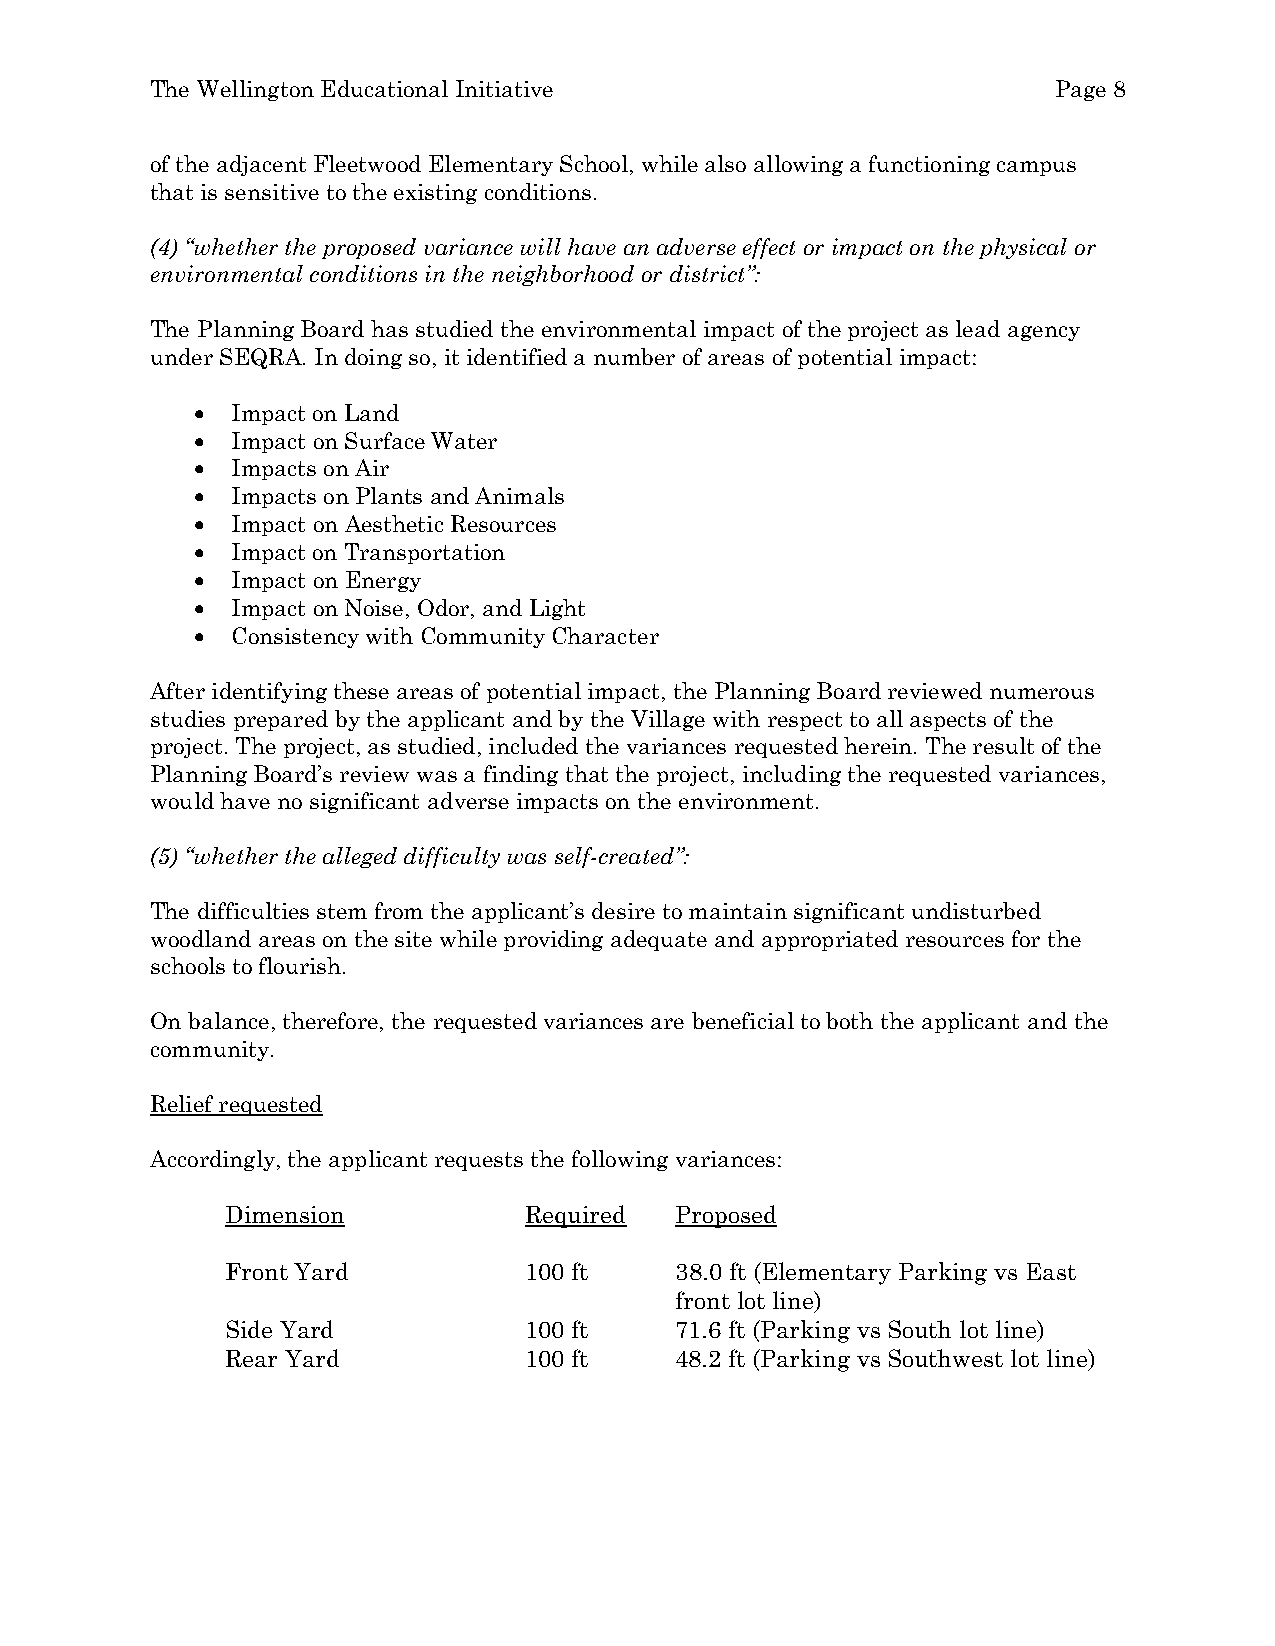
The Wellington Educational Initiative                       Page 8
 of the adjacent Fleetwood Elementary School, while also allowing a functioning campus
 that is sensitive to the existing conditions.
 (4) “whether the proposed variance will have an adverse effect or impact on the physical or
 environmental conditions in the neighborhood or district”:
 The Planning Board has studied the environmental impact of the project as lead agency
 under SEQRA. In doing so, it identified a number of areas of potential impact:
  Impact on Land
  Impact on Surface Water
  Impacts on Air
  Impacts on Plants and Animals
  Impact on Aesthetic Resources
  Impact on Transportation
  Impact on Energy
  Impact on Noise, Odor, and Light
  Consistency with Community Character
 After identifying these areas of potential impact, the Planning Board reviewed numerous
 studies prepared by the applicant and by the Village with respect to all aspects of the
 project. The project, as studied, included the variances requested herein. The result of the
 Planning Board’s review was a finding that the project, including the requested variances,
 would have no significant adverse impacts on the environment.
 (5) “whether the alleged difficulty was self-created”:
 The difficulties stem from the applicant’s desire to maintain significant undisturbed
 woodland areas on the site while providing adequate and appropriated resources for the
 schools to flourish.
 On balance, therefore, the requested variances are beneficial to both the applicant and the
 community.
 Relief requested
 Accordingly, the applicant requests the following variances:
 Dimension           Required  Proposed
 Front Yard          100 ft    38.0 ft (Elementary Parking vs East
 front lot line)
 Side Yard           100 ft    71.6 ft (Parking vs South lot line)
 Rear Yard           100 ft    48.2 ft (Parking vs Southwest lot line)